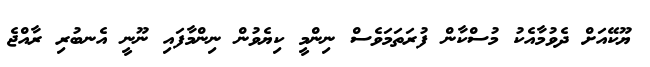
ޔޫކޭއަށް ދެވުމާއެކު މުސްކާން ފުރަތަމަވެސް ނިންމީ ކިޔެވުން ނިންމާފައި ނޫނީ އެނބުރި ރާއްޖެ